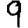
Digit: 9